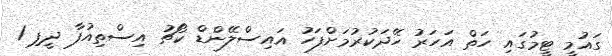
ގައުމީ ޓީމުގައި ހަތް އަހަރު ހޭދަކުރުމަށްފަހު އައިސްލޭންޑް ކޯޗު އިސްތިއުފާ ދީފި 1